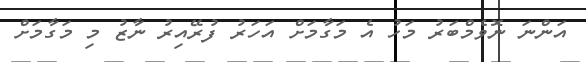
އަންނަ ނޮވެމްބަރު މަހު އެ މަގާމަށް އަހަރު ފުރޭއިރު ނާޒު މި މަގާމަށް